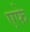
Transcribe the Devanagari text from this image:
एफे